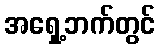
အရှေ့ဘက်တွင်